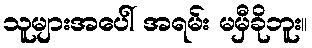
သူများအပေါ် အရမ်း မမှီခိုဘူး။